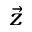
\vec { z }